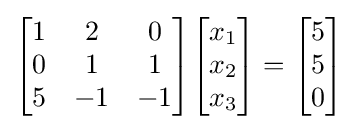
{\begin{bmatrix}1&2&0\\0&1&1\\5&-1&-1\end{bmatrix}}{\begin{bmatrix}x_{1}\\x_{2}\\x_{3}\end{bmatrix}}={\begin{bmatrix}5\\5\\0\end{bmatrix}}